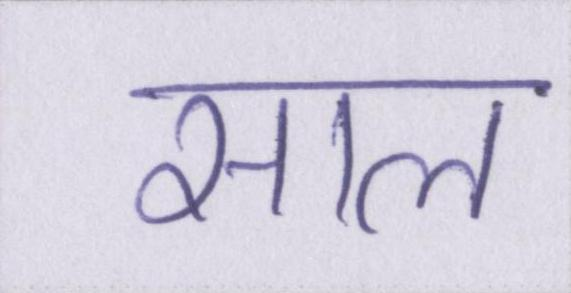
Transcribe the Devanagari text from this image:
साल